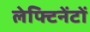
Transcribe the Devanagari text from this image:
लेफ्टिनेंटों